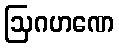
ဩဂဟဏေ